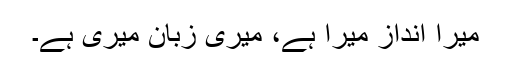
میرا انداز میرا ہے، میری زبان میری ہے۔